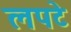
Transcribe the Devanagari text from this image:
लपटे